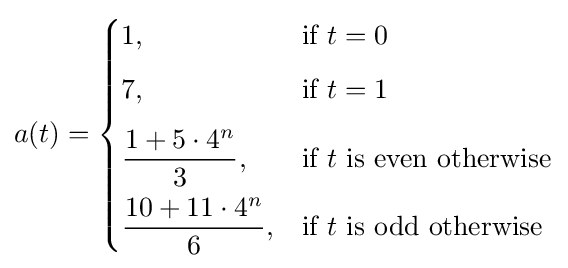
a(t)={\begin{cases}1,&{\mbox{if }}t=0\\[5px]7,&{\mbox{if }}t=1\\[7px]{\dfrac {1+5\cdot 4^{n}}{3}},&{\mbox{if }}t{\mbox{ is even otherwise}}\\[7px]{\dfrac {10+11\cdot 4^{n}}{6}},&{\mbox{if }}t{\mbox{ is odd otherwise}}\end{cases}}